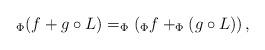
LaTeX: \begin{align*}_\Phi (f+g\circ L) = _\Phi \left( _\Phi f +_\Phi (g\circ L) \right),\end{align*}